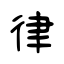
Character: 律